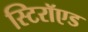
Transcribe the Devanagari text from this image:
स्टिरॉएड